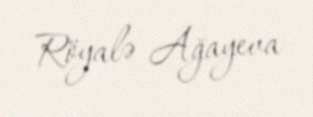
Röyalə Ağayeva